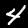
Label: 4